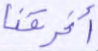
أغرقنا